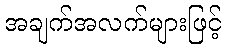
အချက်အလက်များဖြင့်